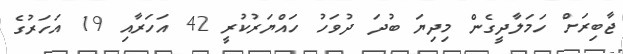
ޖާބިރަށް ހަމަލާދީގެން މިިދިޔަ ބުދަ ދުވަހު ހައްޔަރުކުރީ 42 އަހަރާއި 19 އަހަރުގެ